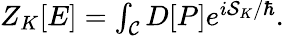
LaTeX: \begin{array}{r}{Z_{K}[E]=\int_{\cal C}{D[P]}e^{i{{\cal S}_{K}}/{\hbar}}.}\end{array}